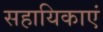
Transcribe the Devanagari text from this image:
सहायिकाएं